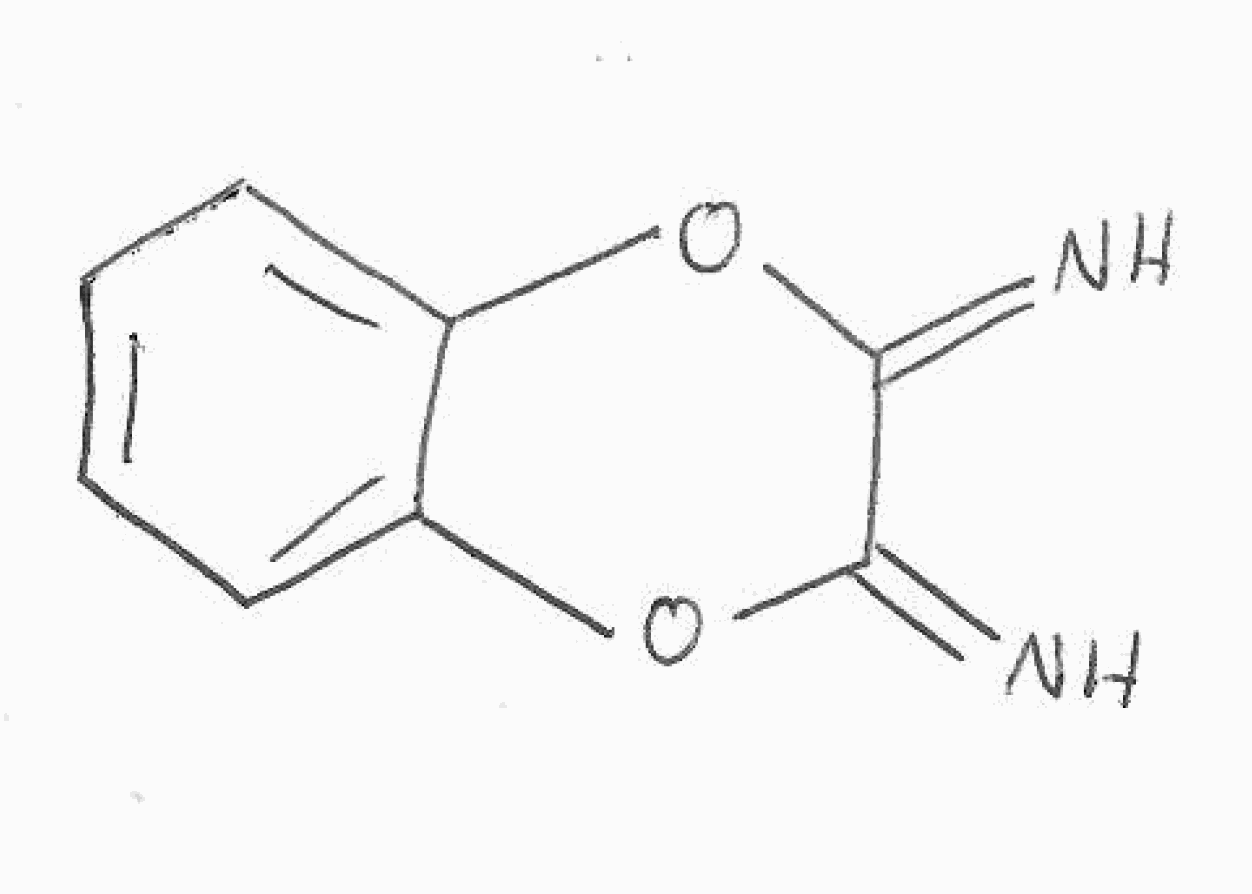
Simplified molecular-input line-entry system (SMILES) notation of the given molecule:
C1=CC=C2C(=C1)OC(=N)C(=N)O2